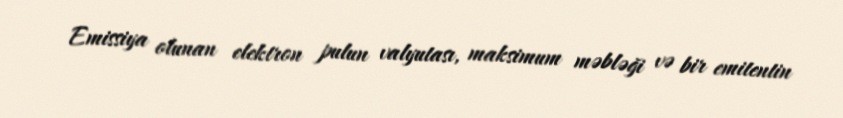
Emissiya olunan elektron pulun valyutası, maksimum məbləği və bir emitentin